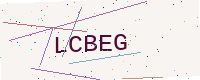
Text: LCBEG